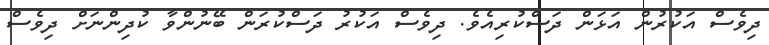
ދިވެސް އަކުރުން އަޅަން ދަސްކުރިއެވެ. ދިވެސް އަކުރު ދަސްކުރަން ބޭނުންވާ ކުދިންނަށް ދިވެސް